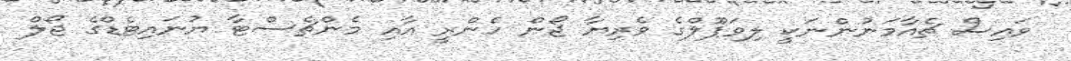
ވައިސް ޗެއާމަނުންނަކީ ލިވަޕޫލްގެ ވެރިޔާ ޖޯން ހެންރީ އާއި މެންޗެސްޓާ ޔުނައިޓެޑްގެ ޖޯލް